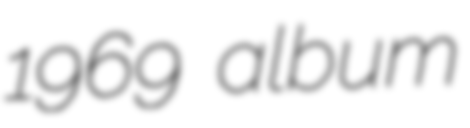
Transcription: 1969 album